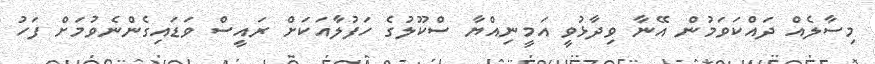
މިސާލެއް ދައްކަވަމުން އޭނާ ވިދާޅުވީ އަމީނިއްޔާ ސްކޫލުގެ ހަފުލާއަކަށް ރައީސް ވަޑައިގެންނެވުމަށް ފަހު